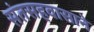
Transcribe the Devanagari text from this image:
संतसहवासाने